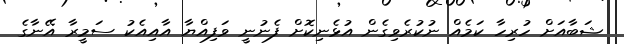
ޝަބާއަށް ހުރިހާ ކަމެއް ނުކުރެވިގެން އުޅެނިކޮށް ފެނުނީ ވަފިއްޔާ އާއިއެކު ސަމީރާ އޭނާގެ